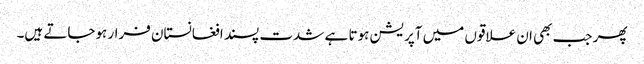
پھر جب بھی ان علاقوں میں آپریشن ہوتا ہے شدت پسند افغانستان فرار ہوجاتے ہیں۔